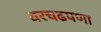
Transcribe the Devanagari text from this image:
वरचढपणा